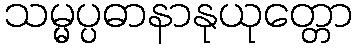
သမ္မပ္ပဓာနာနုယုတ္တော